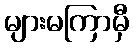
များမကြာမှီ